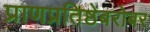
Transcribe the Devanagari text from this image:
प्राणप्रतिष्ठेबरोबर